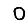
Digit: 0